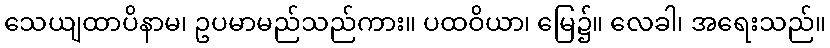
သေယျထာပိနာမ၊ ဥပမာမည်သည်ကား။ ပထဝိယာ၊ မြေ၌။ လေခါ၊ အရေးသည်။